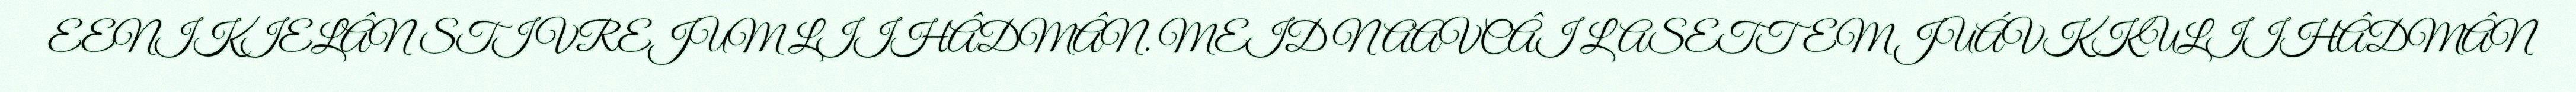
EENIKIELÂN STIVREJUM LIIHÂDMÂN. MEID NAAVCÂI LASETTEM JUÁVKKULIIHÂDMÂN